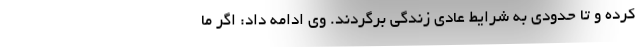
کرده و تا حدودی به شرایط عادی زندگی برگردند. وی ادامه داد: اگر ما